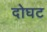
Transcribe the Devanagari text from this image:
दोघट